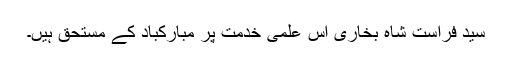
سید فراست شاہ بخاری اس علمی خدمت پر مبارکباد کے مستحق ہیں۔